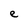
Character: e